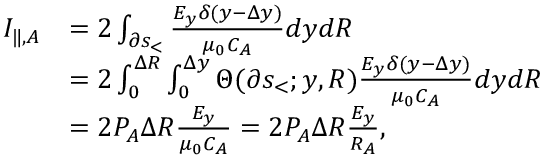
\begin{array} { r l } { I _ { \| , A } } & { = 2 \int _ { \partial s _ { < } } \frac { E _ { y } \delta ( y - \Delta y ) } { \mu _ { 0 } C _ { A } } d y d R } \\ & { = 2 \int _ { 0 } ^ { \Delta R } \int _ { 0 } ^ { \Delta y } \Theta ( \partial s _ { < } ; y , R ) \frac { E _ { y } \delta ( y - \Delta y ) } { \mu _ { 0 } C _ { A } } d y d R } \\ & { = 2 P _ { A } \Delta R \frac { E _ { y } } { \mu _ { 0 } C _ { A } } = 2 P _ { A } \Delta R \frac { E _ { y } } { R _ { A } } , } \end{array}